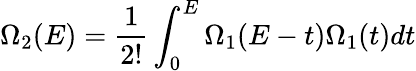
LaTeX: \Omega_{2}(E)=\frac{1}{2!}\int_{0}^{E}\Omega_{1}(E-t)\Omega_{1}(t)dt